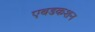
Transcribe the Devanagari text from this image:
एबडकशन